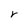
Character: v